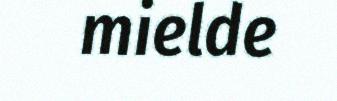
mielde